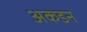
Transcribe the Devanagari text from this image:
अकडन